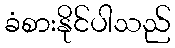
ခံစားနိုင်ပါသည်